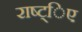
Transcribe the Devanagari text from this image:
राष्ट्िए